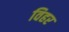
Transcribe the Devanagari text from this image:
विहर